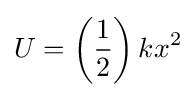
U=\left({\frac {1}{2}}\right)kx^{2}